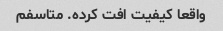
واقعا کیفیت افت کرده. متاسفم